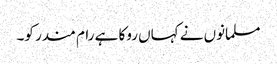
مسلمانوں نے کہاں روکا ہے رام مندر کو۔